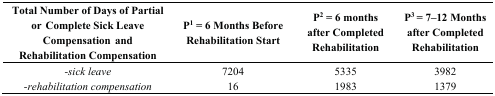
| Total Number of Days of Partial or Complete Sick Leave Compensation and Rehabilitation Compensation | P1 = 6 Months Before Rehabilitation Start | P2 = 6 months after Completed Rehabilitation | P3 = 7–12 Months after Completed Rehabilitation |
 | --- | --- | --- | --- |
 | -sick leave | 7204 | 5335 | 3982 |
 | -rehabilitation compensation | 16 | 1983 | 1379 |